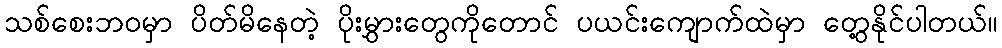
သစ်စေးဘဝမှာ ပိတ်မိနေတဲ့ ပိုးမွှားတွေကိုတောင် ပယင်းကျောက်ထဲမှာ တွေ့နိုင်ပါတယ်။